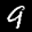
Label: 9